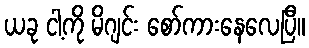
ယခု ငါ့ကို မိဂျင်း စော်ကားနေလေပြီ။